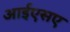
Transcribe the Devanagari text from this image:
आईएसए